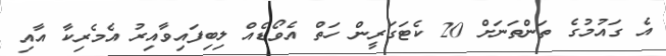
އެ ގައުމުގެ ތަންތަނަށް 20 ކެޓަގަރީން ހަތް އެވޯޑެއް ލިބިފައިވާއިރު އެމެރިކާ އާއި